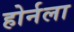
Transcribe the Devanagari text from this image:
होर्नला